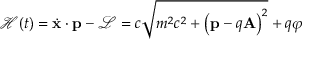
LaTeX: { \mathcal { H } } ( t ) = { \dot { \mathbf { x } } } \cdot \mathbf { p } - { \mathcal { L } } = c { \sqrt { m ^ { 2 } c ^ { 2 } + { \left( \mathbf { p } - q \mathbf { A } \right) } ^ { 2 } } } + q \varphi